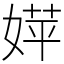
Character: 𡞴